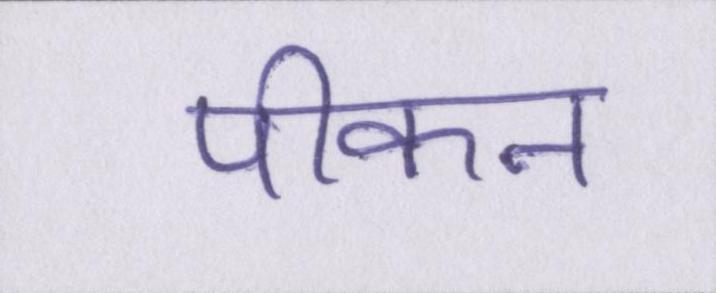
पीकन